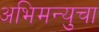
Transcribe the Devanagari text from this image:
अभिमन्युचा